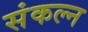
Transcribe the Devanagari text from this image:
संकल्न